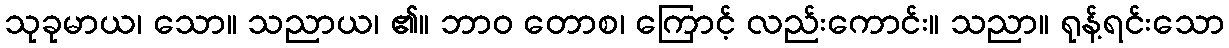
သုခုမာယ၊ သော။ သညာယ၊ ၏။ ဘာဝ တောစ၊ ကြောင့် လည်းကောင်း။ သညာ။ ရုန့်ရင်းသော